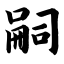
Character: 嗣